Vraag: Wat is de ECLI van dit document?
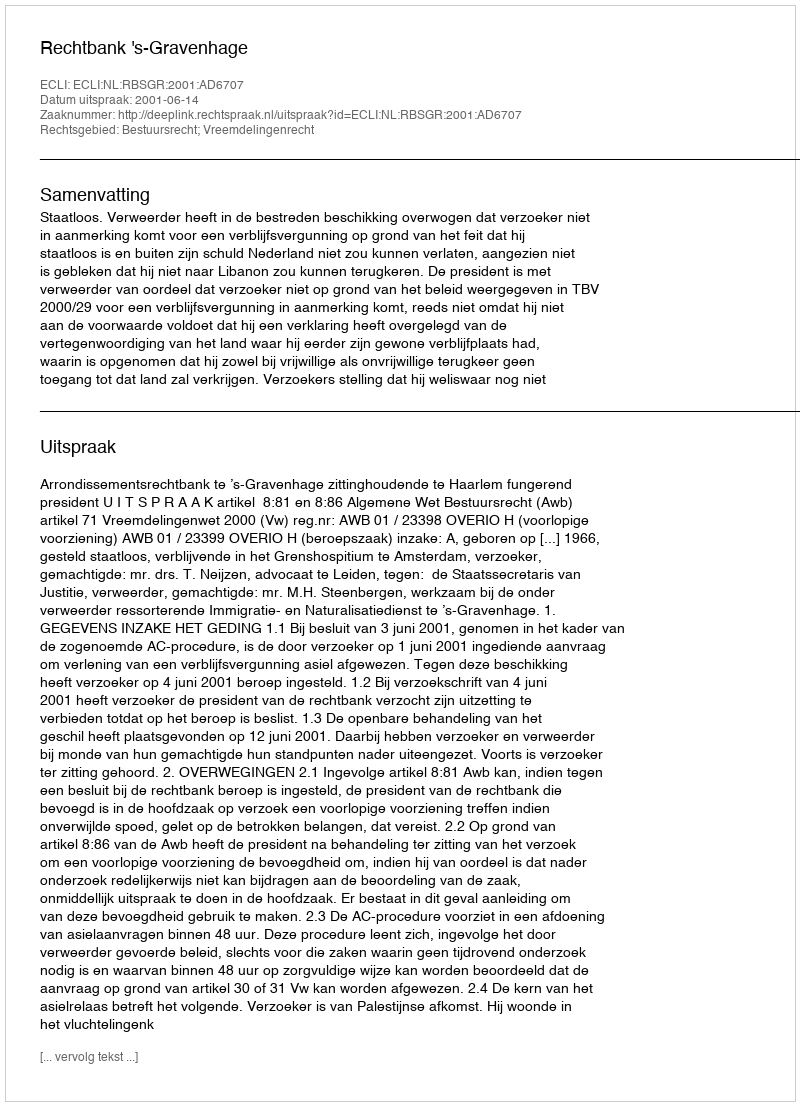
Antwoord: ECLI:NL:RBSGR:2001:AD6707